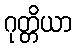
ဂုတ္တိယာ